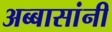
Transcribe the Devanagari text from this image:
अब्बासांनी